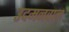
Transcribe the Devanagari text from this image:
उदमनवाल